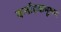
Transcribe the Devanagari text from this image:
कर्नाटकभूषण